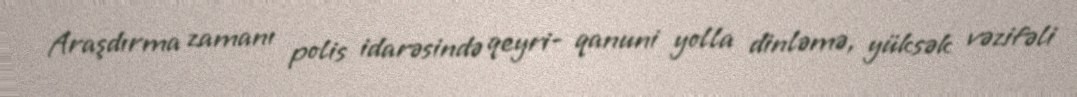
Araşdırma zamanı polis idarəsində qeyri- qanuni yolla dinləmə, yüksək vəzifəli